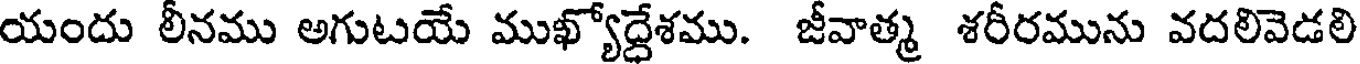
యందు లీనము అగుటయే ముఖ్యోద్దేశము. జీవాత్మ శరీరమును వదలివెడలి